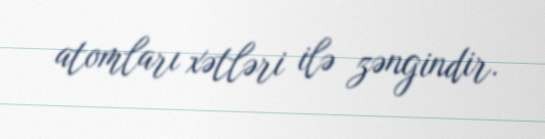
atomları xətləri ilə zəngindir.